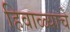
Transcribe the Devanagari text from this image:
हिवाळ्याचे